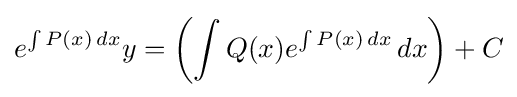
e^{\int P(x)\,dx}y=\left(\int Q(x)e^{\int P(x)\,dx}\,dx\right)+C